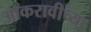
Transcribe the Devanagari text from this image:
आकरावीच्या